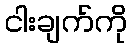
ငါးချက်ကို